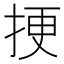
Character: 挭